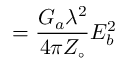
= \displaystyle { { \frac { G _ { a } \lambda ^ { 2 } } { 4 \pi Z _ { \circ } } } E _ { b } ^ { 2 } }